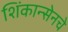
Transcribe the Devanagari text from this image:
शिंकान्सेनचे